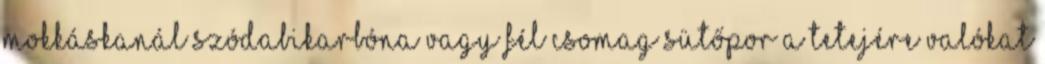
mokkáskanál szódabikarbóna vagy fél csomag sütőpor A tetejére valókat